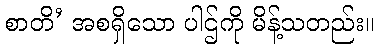
စာတိ’ အစရှိသော ပါဌ်ကို မိန့်သတည်း။